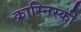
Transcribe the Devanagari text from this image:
क्रास्निस्की